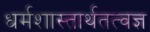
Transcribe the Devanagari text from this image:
धर्मशास्तार्थतत्वज्ञ